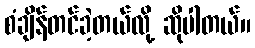
စံချိန်တင်ခဲ့တယ်လို့ ဆိုပါတယ်။